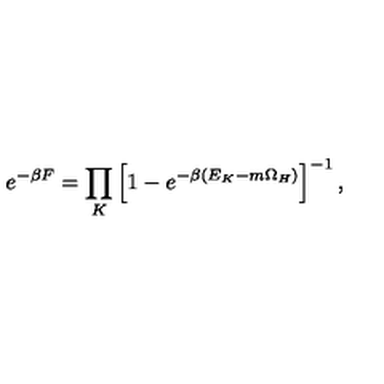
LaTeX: e ^ { - \beta F } = \prod _ { K } \left[ 1 - e ^ { - \beta ( E _ { K } - m \Omega _ { H } ) } \right] ^ { - 1 } ,